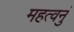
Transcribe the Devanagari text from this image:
महत्वनुं